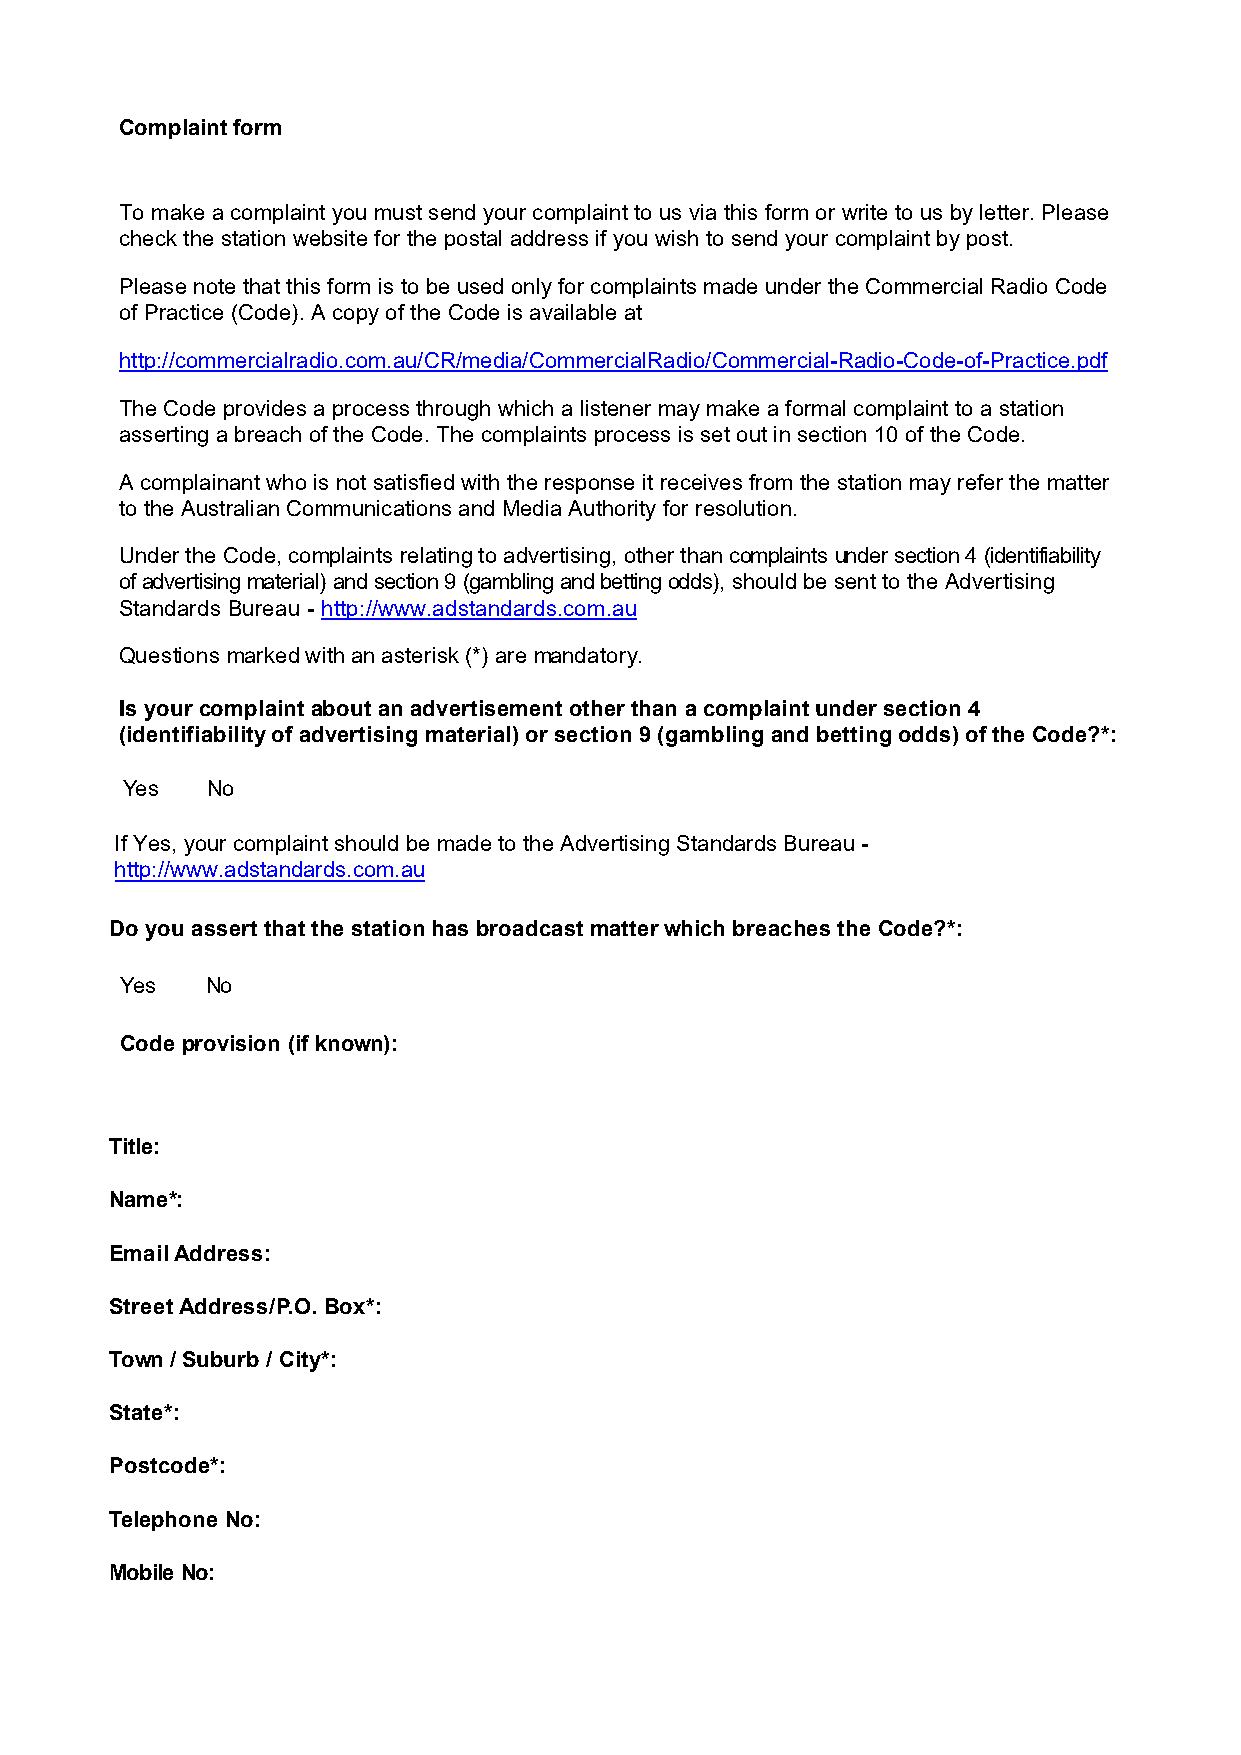
Complaint form
 To make a complaint you must send your complaint to us via this form or write to us by letter. Please
 check the station website for the postal address if you wish to send your complaint by post.
 Please note that this form is to be used only for complaints made under the Commercial Radio Code
 of Practice (Code). A copy of the Code is available at
 http://commercialradio.com.au/CR/media/CommercialRadio/Commercial-Radio-Code-of-Practice.pdf
 The Code provides a process through which a listener may make a formal complaint to a station
 asserting a breach of the Code. The complaints process is set out in section 10 of the Code.
 A complainant who is not satisfied with the response it receives from the station may refer the matter
 to the Australian Communications and Media Authority for resolution.
 Under the Code, complaints relating to advertising, other than complaints under section 4 (identifiability
 of advertising material) and section 9 (gambling and betting odds), should be sent to the Advertising
 Standards Bureau - http://www.adstandards.com.au
 Questions marked with an asterisk (*) are mandatory.
 Is your complaint about an advertisement other than a complaint under section 4
 (identifiability of advertising material) or section 9 (gambling and betting odds) of the Code?*:
 Yes   No
 If Yes, your complaint should be made to the Advertising Standards Bureau -
 http://www.adstandards.com.au
 Do you assert that the station has broadcast matter which breaches the Code?*:
 Yes   No
 Code provision (if known):
 Title:
 Name*:
 Email Address:
 Street Address/P.O. Box*:
 Town / Suburb / City*:
 State*:
 Postcode*:
 Telephone No:
 Mobile No: